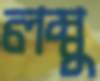
লম্বু